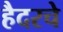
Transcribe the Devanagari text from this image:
हैदरचे